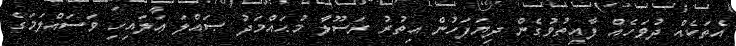
އެތަކެއް ދުވަހެއް ފާއިތުވުގެން ދިޔަފަހުންް އިތުރު ރަސޫލާ މުޙައްމަދު ޞައްލަ ޢަލައިހި ވަސައްލަމަގެ